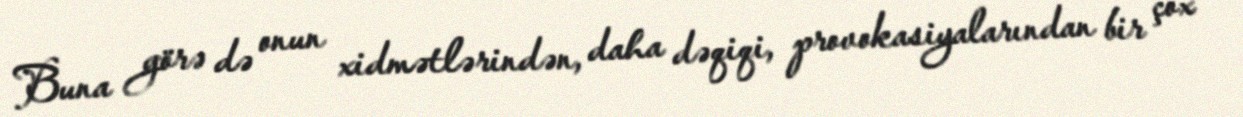
Buna görə də onun xidmətlərindən, daha dəqiqi, provokasiyalarından bir çox